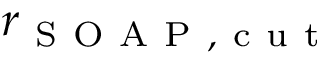
r _ { \mathrm { ~ S ~ O ~ A ~ P ~ , ~ c ~ u ~ t ~ } }